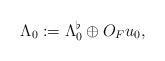
LaTeX: \begin{align*} \Lambda_0 := \Lambda^\flat_0\oplus O_F u_0,\end{align*}